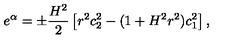
e ^ { \alpha } = \pm \frac { H ^ { 2 } } { 2 } \left[ r ^ { 2 } c _ { 2 } ^ { 2 } - ( 1 + H ^ { 2 } r ^ { 2 } ) c _ { 1 } ^ { 2 } \right] ,